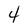
Character: 4